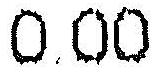
0.00